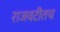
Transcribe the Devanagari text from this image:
राजवटीतच